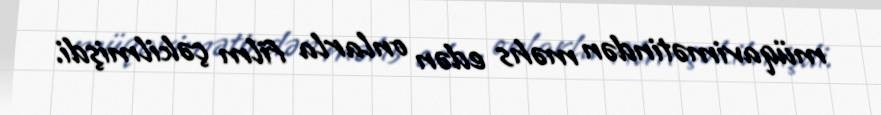
müqavimətindən məhs edən onlarla film çəkilmişdi.